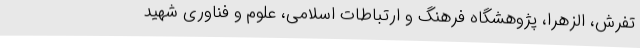
تفرش، الزهرا، پژوهشگاه فرهنگ و ارتباطات اسلامی، علوم و فناوری شهید